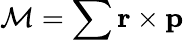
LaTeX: \mathcal{M}=\sum\textbf{r}\times\textbf{p}